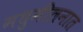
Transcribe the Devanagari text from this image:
मधुमीलनात